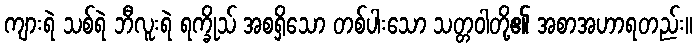
ကျားရဲ သစ်ရဲ ဘီလူးရဲ ရက္ခိုသ် အစရှိသော တစ်ပါးသော သတ္တဝါတို့၏ အစာအဟာရတည်း။